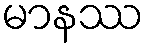
မာနဿ